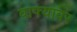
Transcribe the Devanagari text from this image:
वाफ्यावर